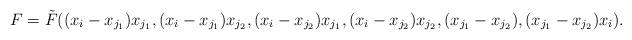
LaTeX: \begin{align*}F = \tilde{F}((x_i-x_{j_1})x_{j_1}, (x_i-x_{j_1})x_{j_2}, (x_i - x_{j_2})x_{j_1}, (x_i-x_{j_2})x_{j_2}, (x_{j_1} - x_{j_2}), (x_{j_1} - x_{j_2}) x_i).\end{align*}